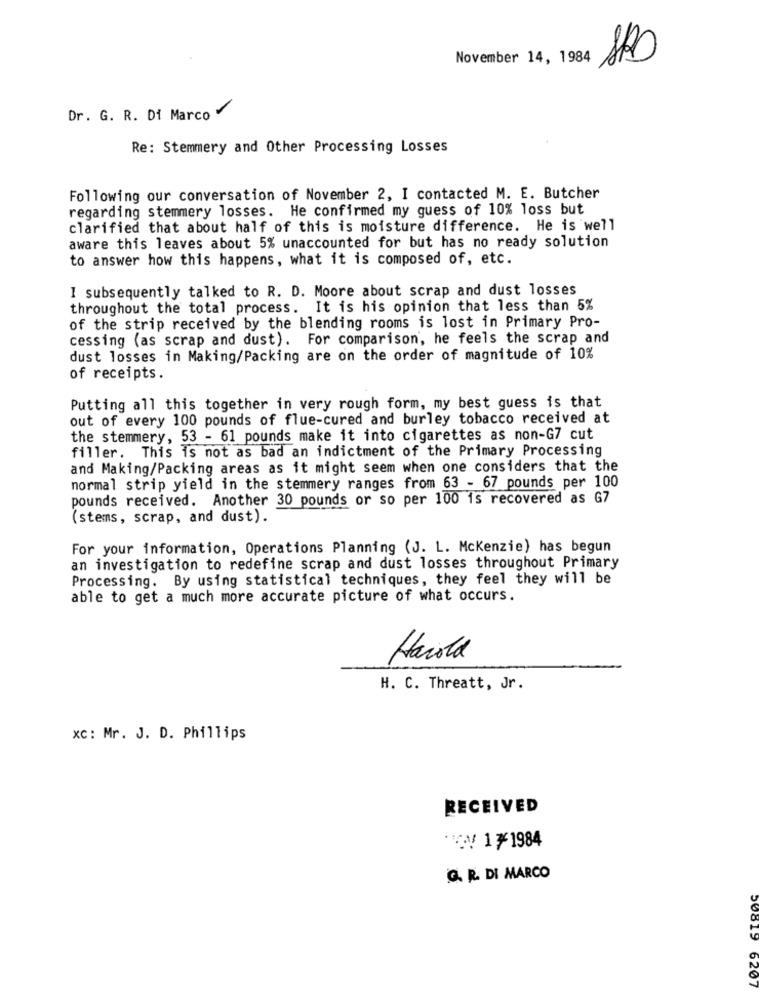
November 14, 1984
Dr. G. R. Di Marco"
Re: Stemmery and Other Processing Losses
Following our conversation of November 2, I contacted M. E. Butcher
regarding stemmery losses. He confirmed my guess of 10% loss but
clarified that about half of this is moisture difference. He is well
aware this leaves about 5% unaccounted for but has no ready solution
to answer how this happens, what it is composed of, etc.
I subsequently talked to R. D. Moore about scrap and dust losses
throughout the total process. It is his opinion that less than 5%
of the strip received by the blending rooms is lost in Primary Pro-
cessing (as scrap and dust). For comparison, he feels the scrap and
dust losses in Making/Packing are on the order of magnitude of 10%
of receipts.
Putting all this together in very rough form, my best guess is that
out of every 100 pounds of flue-cured and burley tobacco received at
the stemmery, 53 - 61 pounds make it into cigarettes as non-G7 cut
filler. This is not as bad an indictment of the Primary Processing
and Making/Packing areas as it might seem when one considers that the
normal strip yield in the stemmery ranges from 63 - 67 pounds per 100
pounds received. Another 30 pounds or so per 100 is recovered as G7
(stems, scrap, and dust).
For your information, Operations Planning (J. L. Mckenzie) has begun
an investigation to redefine scrap and dust losses throughout Primary
Processing. By using statistical techniques, they feel they will be
able to get a much more accurate picture of what occurs.
Harold
H. C. Threatt, Jr.
xc: Mr. J. D. Phillips
RECEIVED
171984
G. R. DI MARCO
6207